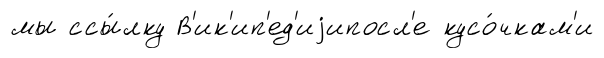
мы ссы́лку В'ик'ип'ед'иjипосл'е кусо́чкам'и